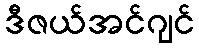
ဒီဇယ်အင်ဂျင်